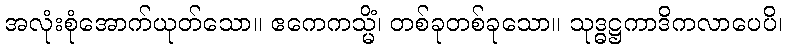
အလုံးစုံအောက်ယုတ်သော။ ဧကေကသ္မိံ၊ တစ်ခုတစ်ခုသော။ သုဒ္ဓဋ္ဌကာဒိကလာပေပိ၊